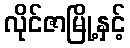
လိုင်ဇာမြို့နှင့်